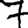
Digit: 7